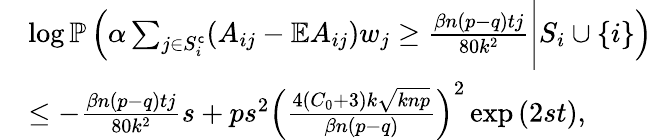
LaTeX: \begin{array}{rl}&{\log\mathbb{P}\left(\alpha\sum_{j\in S_{i}^{\mathsf{c}}}(A_{ij}-\mathbb{E}A_{ij})w_{j}\geq\frac{\beta n(p-q)tj}{80k^{2}}\Bigg|S_{i}\cup\{ i\} \right)}\\ &{\leq-\frac{\beta n(p-q)tj}{80k^{2}}s+ps^{2}\left(\frac{4(C_{0}+3)k\sqrt{knp}}{\beta n(p-q)}\right)^{2}\exp\left(2{s}t\right),}\end{array}